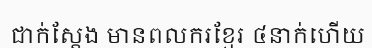
ជាក់ស្តែង មានពលករខ្មែរ ៤នាក់ហើយ